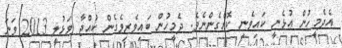
އެދެމީހުން އުޅެނީ ކައިވެނި ކޮށްގެންނެވެ. ދެމީހުން ބައިވެރިވެގެން ކުއްޖާ ވަޅުލީ 2013 ވަނަ